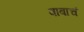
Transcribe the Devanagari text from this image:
बाबाचं